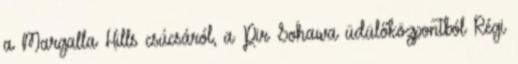
a Margalla Hills csúcsáról, a Pir Sohawa üdülőközpontból Régi